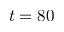
t = 8 0